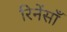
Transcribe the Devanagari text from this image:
रिनेंसाँ